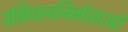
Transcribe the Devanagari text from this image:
संविधाननिर्माताओं